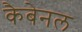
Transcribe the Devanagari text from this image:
कैबेनल